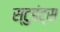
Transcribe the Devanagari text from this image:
स्टुडंट्‍स